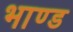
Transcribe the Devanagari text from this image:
भाण्ड